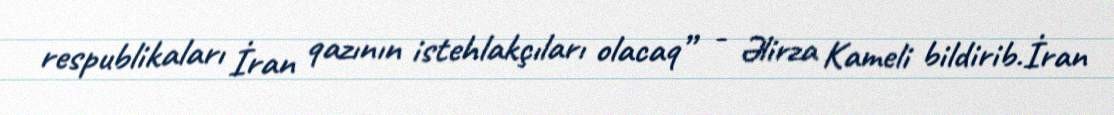
respublikaları İran qazının istehlakçıları olacaq” - Əlirza Kameli bildirib.İran